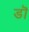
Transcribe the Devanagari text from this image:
डॊ